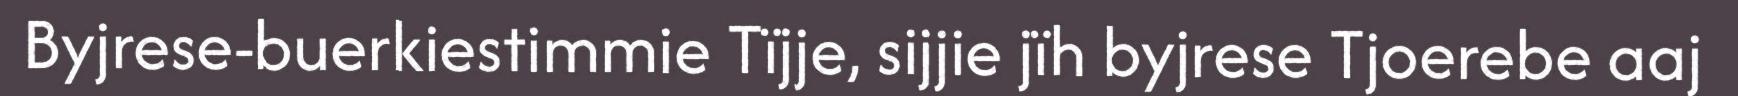
Byjrese-buerkiestimmie Tïjje, sijjie jïh byjrese Tjoerebe aaj